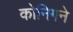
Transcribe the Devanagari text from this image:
कोनिगने